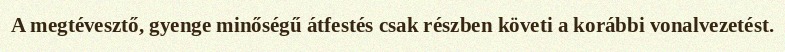
A megtévesztő, gyenge minőségű átfestés csak részben követi a korábbi vonalvezetést.